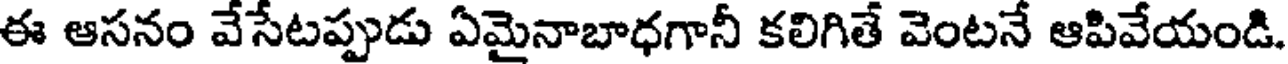
ఈ ఆసనం వేసేటప్పుడు ఏమైనాబాధగానీ కలిగితే వెంటనే ఆపివేయండి